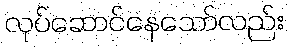
လုပ်ဆောင်နေသော်လည်း